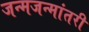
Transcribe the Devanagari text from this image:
जन्मजन्मांतरी